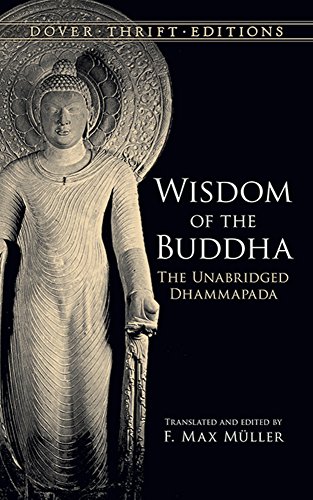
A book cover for Wisdom of the Buddha: The Unabridged Dhammapada (Dover Thrift Editions); Literature & Fiction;